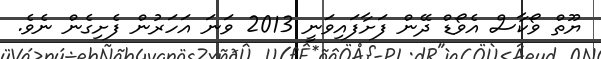
ޔޫތް ވޯކާސް އެވޯޑް ދޭން ފަށާފައިވަނީ 2013 ވަނަ އަހަރުން ފެށިގެން ނެވެ.